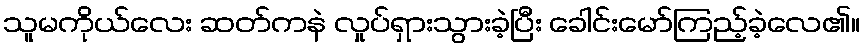
သူမကိုယ်လေး ဆတ်ကနဲ လှုပ်ရှားသွားခဲ့ပြီး ခေါင်းမော်ကြည့်ခဲ့လေ၏။